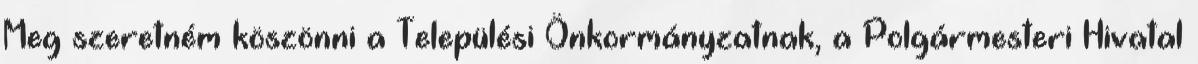
Meg szeretném köszönni a Települési Önkormányzatnak, a Polgármesteri Hivatal